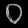
Digit: ၀